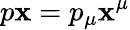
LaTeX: p\mathbf{x}=p_{\mu}\mathbf{x}^{\mu}